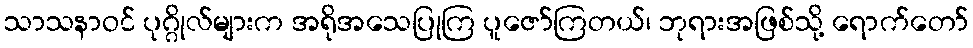
သာသနာဝင် ပုဂ္ဂိုလ်များက အရိုအသေပြုကြ ပူဇော်ကြတယ်၊ ဘုရားအဖြစ်သို့ ရောက်တော်